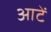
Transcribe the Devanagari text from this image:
आटें